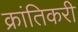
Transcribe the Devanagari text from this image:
क्रांतिकरी